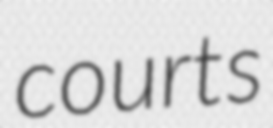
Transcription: courts